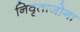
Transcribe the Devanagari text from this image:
निवृताजोगा